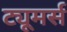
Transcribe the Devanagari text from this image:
ट्यूमर्स